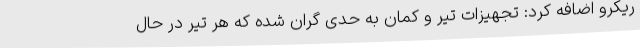
ریکرو اضافه کرد: تجهیزات تیر و کمان به حدی گران شده که هر تیر در حال